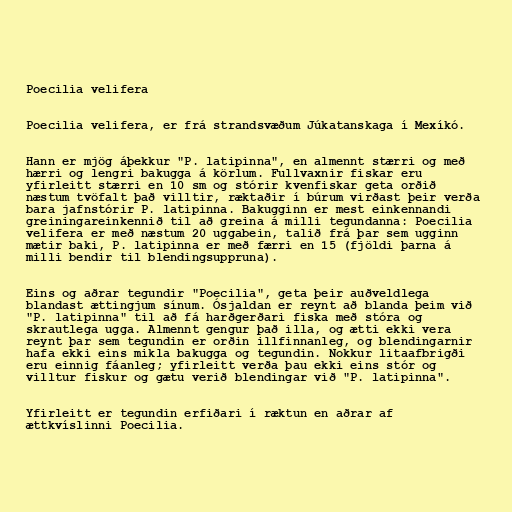
Poecilia velifera

Poecilia velifera, er frá strandsvæðum Júkatanskaga í Mexíkó.

Hann er mjög áþekkur "P. latipinna", en almennt stærri og með
hærri og lengri bakugga á körlum. Fullvaxnir fiskar eru
yfirleitt stærri en 10 sm og stórir kvenfiskar geta orðið
næstum tvöfalt það villtir, ræktaðir í búrum virðast þeir verða
bara jafnstórir P. latipinna. Bakugginn er mest einkennandi
greiningareinkennið til að greina á milli tegundanna: Poecilia
velifera er með næstum 20 uggabein, talið frá þar sem ugginn
mætir baki, P. latipinna er með færri en 15 (fjöldi þarna á
milli bendir til blendingsuppruna).

Eins og aðrar tegundir "Poecilia", geta þeir auðveldlega
blandast ættingjum sínum. Ósjaldan er reynt að blanda þeim við
"P. latipinna" til að fá harðgerðari fiska með stóra og
skrautlega ugga. Almennt gengur það illa, og ætti ekki vera
reynt þar sem tegundin er orðin illfinnanleg, og blendingarnir
hafa ekki eins mikla bakugga og tegundin. Nokkur litaafbrigði
eru einnig fáanleg; yfirleitt verða þau ekki eins stór og
villtur fiskur og gætu verið blendingar við "P. latipinna".

Yfirleitt er tegundin erfiðari í ræktun en aðrar af
ættkvíslinni Poecilia.